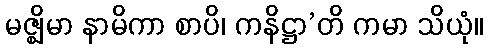
မဇ္ဈိမာ နာမိကာ စာပိ၊ ကနိဋ္ဌာ’တိ ကမာ သိယုံ။